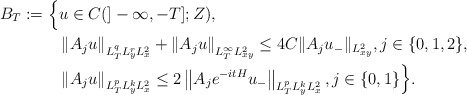
\begin{align*} B_T:=\Big\{ & u\in C(]-\infty,-T];Z),\\&\left\| A_j u\right\|_{L^q_TL^r_yL^2_x} + \left\| A_j u\right\|_{L^\infty_TL^2_{xy}} \le 4C \|A_ju_-\|_{L^2_{xy}}, j\in \{0,1,2\},\\& \left\| A_j u\right\|_{L^p_T L^k_yL^2_x} \le 2 \left\| A_j e^{-itH}u_-\right\|_{L^p_T L^k_yL^2_x} ,j\in \{0,1\}\Big\}. \end{align*}